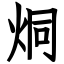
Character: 烔